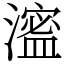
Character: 㵥